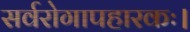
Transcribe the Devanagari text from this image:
सर्वरोगापहारकः।